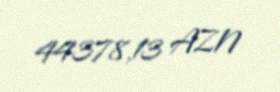
44378,13 AZN